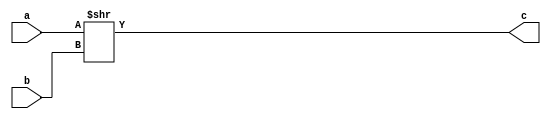
module shift_right_logical(input[31:0] a,input[31:0] b,output[31:0] c);
    assign c = a >> b;
endmodule